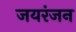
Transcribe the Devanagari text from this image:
जयरंजन